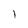
Character: l